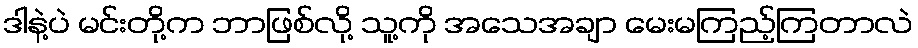
ဒါနဲ့ပဲ မင်းတို့က ဘာဖြစ်လို့ သူ့ကို အသေအချာ မေးမကြည့်ကြတာလဲ